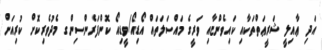
އަދި ޢާއިލީ ޝަރީޢަތްތަކާއި ކައިވެންޏާއި ވަރީގެ މައްސަލަތައް އޯޑިއޯ/ވީޑިއޯ ކޮންފަރެންސިންގ މެދުވެރިކޮށް ކުރިއަށް